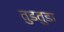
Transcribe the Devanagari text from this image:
तुडतुडा